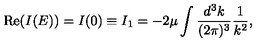
\mathrm { R e } ( I ( E ) ) = I ( 0 ) \equiv I _ { 1 } = - 2 \mu \int \frac { d ^ { 3 } k } { ( 2 \pi ) ^ { 3 } } \frac { 1 } { k ^ { 2 } } ,